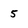
Character: 5